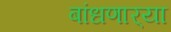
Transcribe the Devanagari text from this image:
बांधणार्‍या